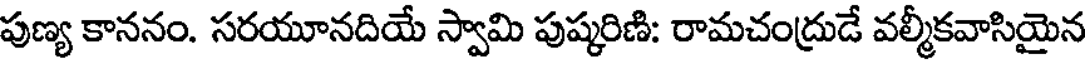
పుణ్య కాననం. సరయూనదియే స్వామి పుష్కరిణి: రామచంద్రుడే వల్మీకవాసియైన